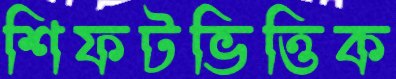
শিফটভিত্তিক